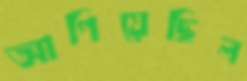
আগিয়েছিল